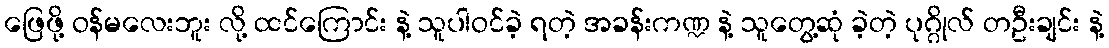
ဖြေဖို့ ဝန်မလေးဘူး လို့ ထင်ကြောင်း နဲ့ သူပါဝင်ခဲ့ ရတဲ့ အခန်းကဏ္ဍ နဲ့ သူတွေ့ဆုံ ခဲ့တဲ့ ပုဂ္ဂိုလ် တဦးချင်း နဲ့